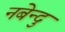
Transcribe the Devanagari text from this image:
नबेन्दु